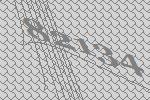
82134